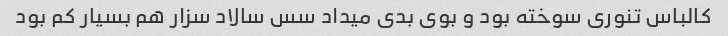
کالباس تنوری سوخته بود و بوی بدی میداد سس سالاد سزار هم بسیار کم بود